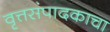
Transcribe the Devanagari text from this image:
वृत्तसंपादकाचा